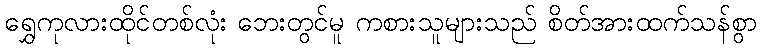
ရွှေကုလားထိုင်တစ်လုံး ဘေးတွင်မူ ကစားသူများသည် စိတ်အားထက်သန်စွာ